Laimjala_vallavalitsus, lk 16
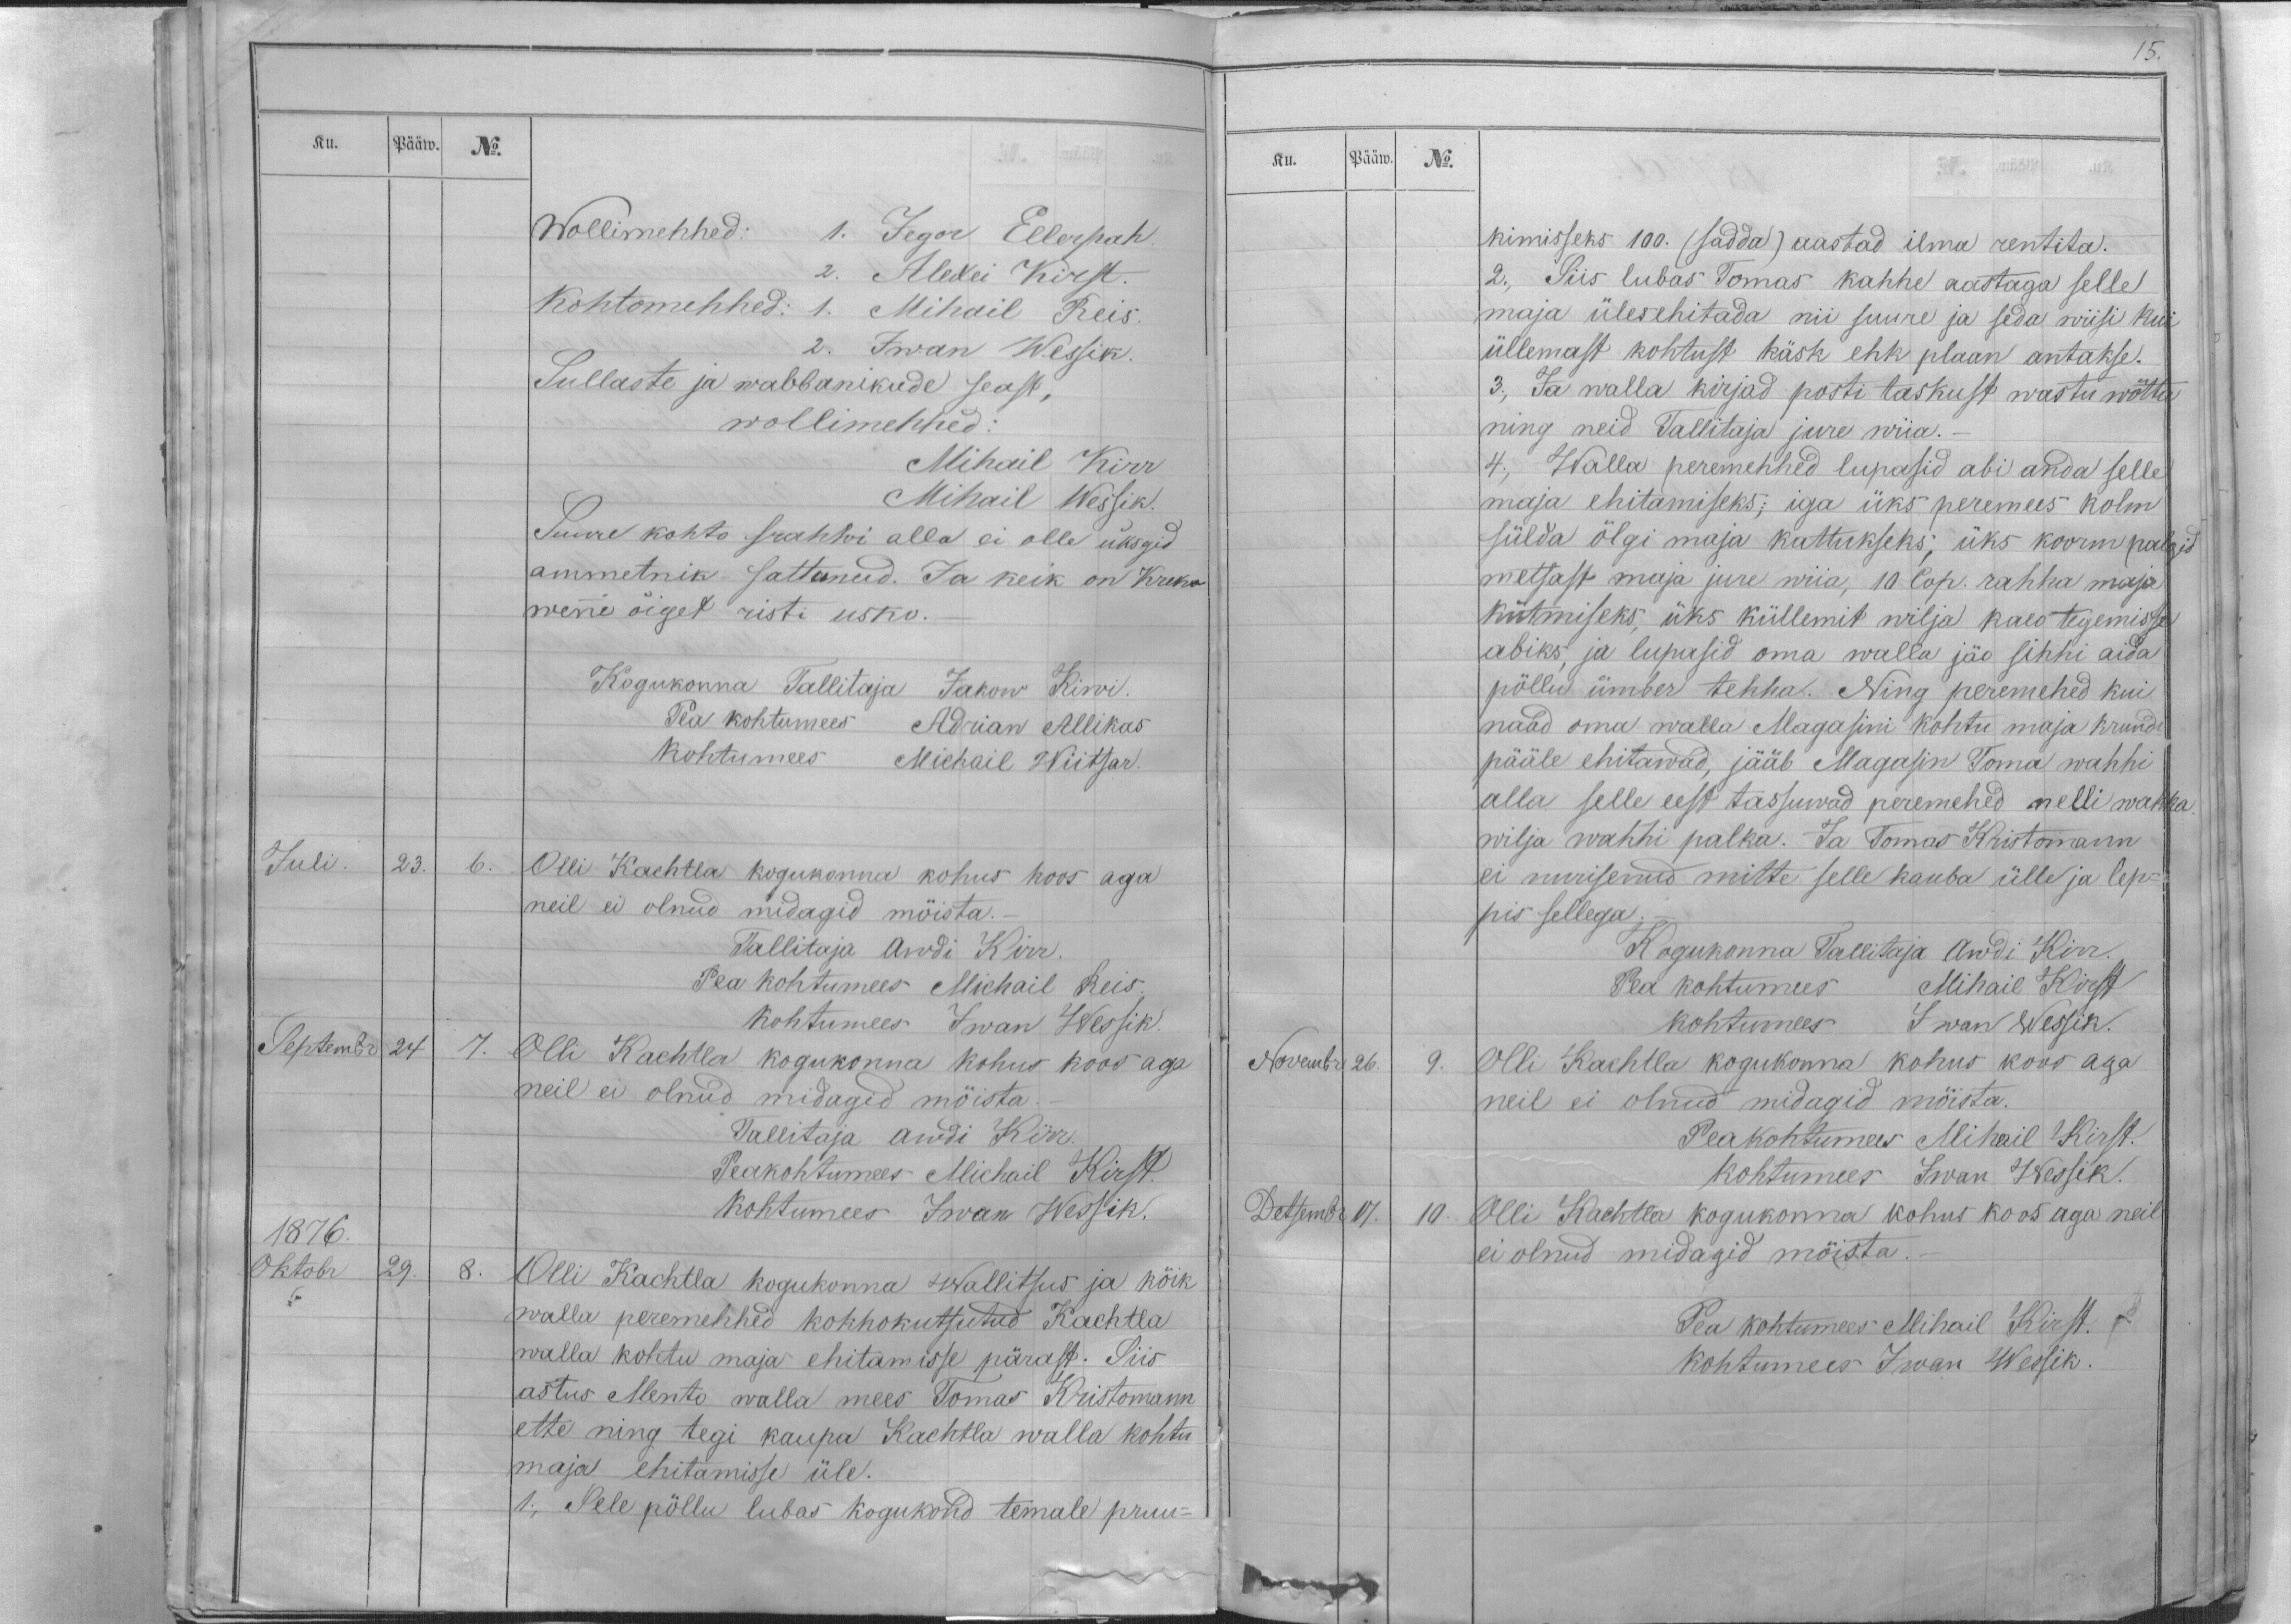
Ku.
Pääw.
No.
Wollimehhed: 1. Jegor Ellerpah.
2. Alexei Kirst.
Kohtomehhed: 1. Mihail Reis.
2. Iwan Wessik.
Sullaste ja wabbanikude seast,
wollimehhed:
Mihail Kirr
Mihail Wessik.
Suure kohto srahwi alla ei olle üksgid
ammetnik sattunud. Ja keik on Kreka
wene õiget risti usko.
Kogukonna Tallitaja Jakow Kiwi.
Pea kohtumees Adrian Allikas
Kohtumees Michail Wiitsar.
Juli.
23.
6.
Olli Kachtla kogukonna kohus koos aga
neil ei olnud midagid mõista._
Tallitaja Awdi Kirr.
Pea kohtumees Michail Reis.
kohtumees Iwan Wessik.
Septembr 24
7.
Olli Kachtla kogukonna kohus koos aga
neil ei olnud midagid mõista.
Tallitaja Awdi Kirr.
Peakohtumees Michail Kirst.
Kohtumees Iwan Wessik.
1876.
Oktobr
29.
8.
Olli Kachtla kogukonna Wallitsus ja kõik
walla peremehhed kokkokutsutud Kachtla
walla kohtu maja ehitamisse pärast. Siis
astus Mento walla mees Tomas Kristomann
ette ning tegi kaupa Kachtla walla kohtu
maja ehitamisse üle.
1., Sele põllu lubas kogukond temale pruu-

Ku.
Pääw.
No.
kimisseks 100. (sadda) aastad ilma rentita.
2., Siis lubas Tomas kahhe aastaga selle
maja ülesehitada nii suure ja seda wiisi kui
üllemast kohtust käsk ehk plaan antakse.
3., Ja walla kirjad posti taskust wastu wõtta
ning neid Tallitaja jure wiia._
4., Walla peremehhed lupasid abi anda selle
maja ehitamiseks; iga üks peremees kolm
sülda õlgi maja kattukseks; üks koorm palgid
metsast maja jure wiia, 10 Cop. rahha maja
kütmiseks, üks küllemit wilja kalo tegemisse
abiks, ja lupasid oma walla jäo sihhi aida
põllu ümber tehha. Ning peremehed kui
naad oma walla Magasini kohtu maja krundi
pääle ehitawad, jääb Magasin Toma wahhi
alla selle eest tassuwad peremehed nelli wakka
wilja wahhi palka. Ja Tomas Kristomann
ei nurisenud mitte selle kauba ülle ja lep-
pis sellega.
Kogukonna Tallitaja Awdi Kirr.
Pea kohtumees Mihail Kirst
kohtumees Iwan Wessik.
Novembr
26.
9.
Olli Kachtla kogukonna kohus koos aga
neil ei olnud midagid mõista.
Peakohtumees Mihail Kirst.
kohtumees Iwan Wessik.
Detsembr
17.
10.
Olli Kachtla kogukonna kohus koos aga neil
ei olnud midagid mõista.
Pea kohtumees Mihail Kirst.
Kohtumees Iwan Wessik.